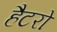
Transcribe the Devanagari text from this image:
हैटरो